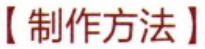
【制作方法】